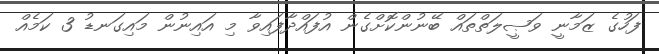
ފަހުގެ ޒަމާނީ ވަޞީލަތްތައް ބޭނުންކޮށްގެން އުފައްދާފައިވާ މި އައިނުން މައިގަނޑު 3 ކަމެއް